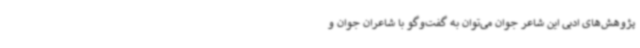
پژوهش‌های ادبی این شاعر جوان می‌توان به گفت‌وگو با شاعران جوان و